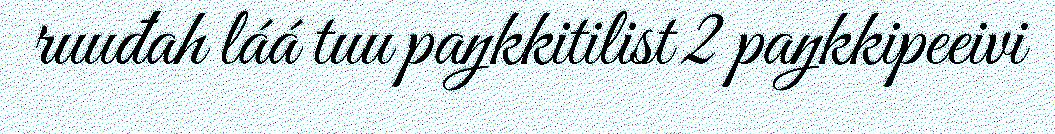
ruuđah láá tuu paŋkkitilist 2 paŋkkipeeivi